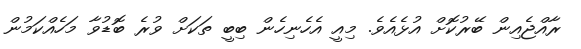
ރާއްޖެއިން ބޭރުކޮށް އުޅެއެވެ. މިއީ އެހެނިހެން ބިބީ ތަކަށް ވުރެ ބޮޑުވާ މަހެއްކަމުން